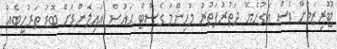
ޓޫރިޒަމަށް ވެސް އަގުހެޔޮ ދަތުރުފަތުރު މުހިންމު ގެސްޓް ހައުސް އައިލެންޑަށް ބޮޑު ތަރުހީބެއް